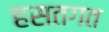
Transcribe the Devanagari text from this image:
हसतगत